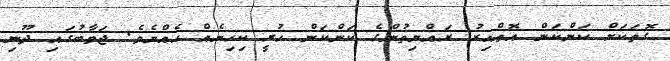
ގޮތަކަށް ކަންކަން އޮތްއިރު ރައްޔިތުންގެ ކަންކަން ހުރީ ކިހިނެއް ހެއްޔެވެ. ޖަވާބުގައި ދޫނި